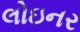
લોઇનર